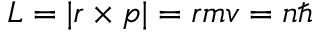
L = | { \boldsymbol { r } } \times { \boldsymbol { p } } | = r m v = n \hbar